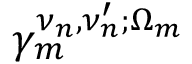
\gamma _ { m } ^ { \nu _ { n } , \nu _ { n } ^ { \prime } ; \Omega _ { m } }